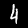
Label: 4